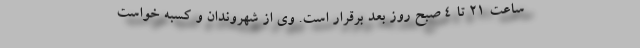
ساعت ٢١ تا ٤ صبح روز بعد برقرار است. وی از شهروندان و کسبه خواست